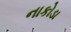
નાકોડા